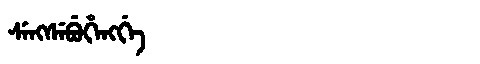
Manchu: ᠰᡝᠩᠰᡝᠪᡠᡥᡝᠩᡤᡝ
Romanization: SENGSEBUHENGGE